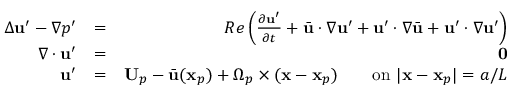
\begin{array} { r l r } { \Delta \mathbf { u } ^ { \prime } - \nabla p ^ { \prime } } & { = } & { R e \left( \frac { \partial \mathbf { u } ^ { \prime } } { \partial t } + \bar { \mathbf { u } } \cdot \nabla \mathbf { u } ^ { \prime } + \mathbf { u } ^ { \prime } \cdot \nabla \bar { \mathbf { u } } + \mathbf { u } ^ { \prime } \cdot \nabla \mathbf { u } ^ { \prime } \right) } \\ { \nabla \cdot \mathbf { u } ^ { \prime } } & { = } & { \mathbf { 0 } } \\ { \mathbf { u } ^ { \prime } } & { = } & { \mathbf { U } _ { p } - \bar { \mathbf { u } } ( \mathbf { x } _ { p } ) + \Omega _ { p } \times ( \mathbf { x } - \mathbf { x } _ { p } ) \qquad \mathrm { o n ~ } | \mathbf { x } - \mathbf { x } _ { p } | = a / L } \end{array}